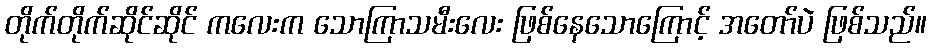
တိုက်တိုက်ဆိုင်ဆိုင် ကလေးက သောကြာသမီးလေး ဖြစ်နေသောကြောင့် အတော်ပဲ ဖြစ်သည်။